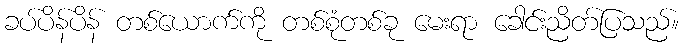
ခပ်ပိန်ပိန် တစ်ယောက်ကို တစ်စုံတစ်ခု မေးရာ ခေါင်းညိတ်ပြသည်။